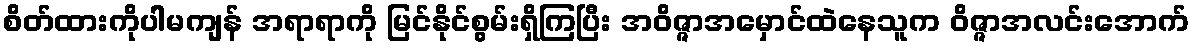
စိတ်ထားကိုပါမကျန် အရာရာကို မြင်နိုင်စွမ်းရှိကြပြီး အဝိဇ္ဇာအမှောင်ထဲနေသူက ဝိဇ္ဇာအလင်းအောက်